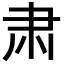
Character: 肃